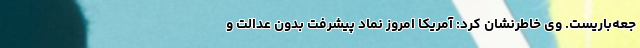
جعه‌باریست. وی خاطرنشان کرد: آمریکا امروز نماد پیشرفت بدون عدالت و